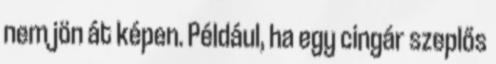
nem jön át képen. Például, ha egy cingár szeplős